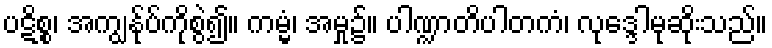
ပဋိစ္စ၊ အကျွန်ုပ်ကိုစွဲ၍။ ကမ္မံ၊ အမှု၌။ ပါဏ္ဍာတိပါတကံ၊ လုဒ္ဒေါမုဆိုးသည်။